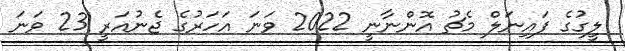
ލީގުގެ ފައިނަލް މެޗު އޮންނާނީ 2022 ވަނަ އަހަރުގެ ޖެނުއަރީ 23 ވަނަ